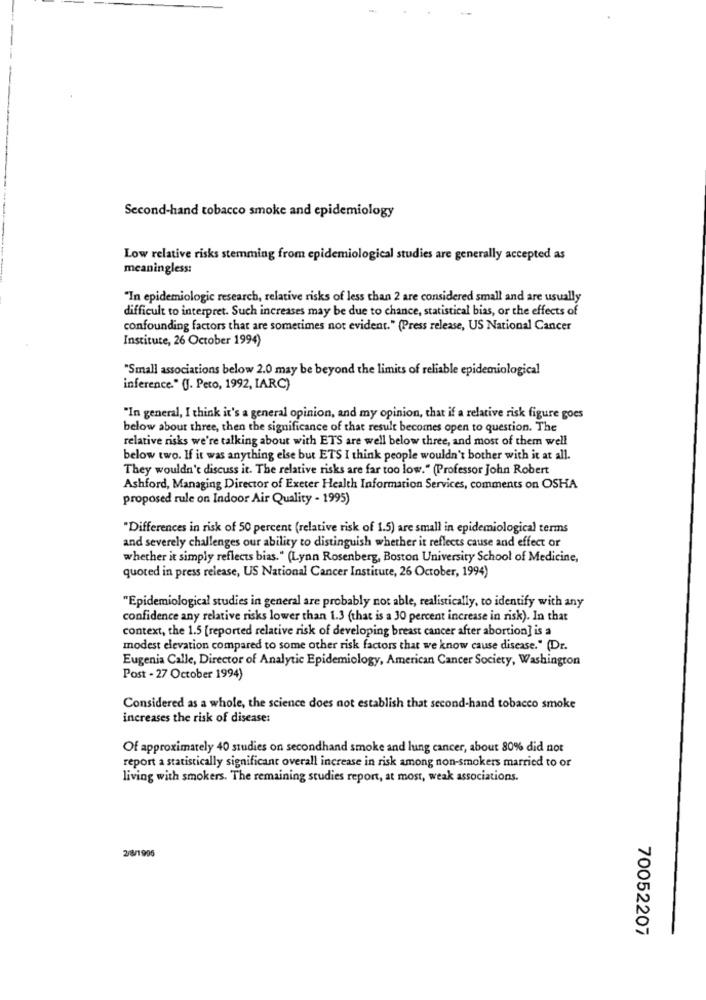
Second-hand tobacco smoke and epidemiology
Low relative risks stemming from epidemiological studies are generally accepted as
meaningless:
"In epidemiologic research, relative risks of less than 2 are considered small and are usually
difficult to interpret. Such increases may be due to chance, statistical bias, or the effects of
confounding factors that are sometimes not evident." (Press release, US National Cancer
Institute, 26 October 1994)
"Small associations below 2.0 may be beyond the limits of reliable epidemiological
inference." (J. Pero, 1992, IARC)
"In general, I think it's a general opinion, and my opinion, that if a relative risk figure goes
below about three, then the significance of that result becomes open to question. The
relative risks we're talking about with ETS are well below three, and most of them well
below two. If it was anything else but ETS I think people wouldn't bother with it at all.
They wouldn't discuss it. The relative risks are far too low." (Professor John Robert
Ashford, Managing Director of Exeter Health Information Services, comments on OSHA
proposed rule on Indoor Air Quality - 1995)
"Differences in risk of 50 percent (relative risk of 1.5) are small in epidemiological terms
and severely challenges our ability to distinguish whether it reflects cause and effect or
whether it simply reflects bias." (Lynn Rosenberg, Boston University School of Medicine,
quoted in press release, US National Cancer Institute, 26 October, 1994)
"Epidemiological studies in general are probably not able, realistically, to identify with any
confidence any relative risks lower than 1.3 (that is a 30 percent increase in risk). In that
context, the 1.5 [reported relative risk of developing breast cancer after abortion] is a
modest elevation compared to some other risk factors that we know cause disease." (Dr.
Eugenia Calle, Director of Analytic Epidemiology, American Cancer Society, Washington
Post - 27 October 1994)
Considered as a whole, the science does not establish that second-hand tobacco smoke
increases the risk of disease:
Of approximately 40 studies on secondhand smoke and lung cancer, about 80% did not
report a statistically significant overall increase in risk among non-smokers married to or
living with smokers. The remaining studies report, at most, weak associations.
2/8/1995
70052207